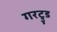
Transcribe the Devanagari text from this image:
गरट्रुड